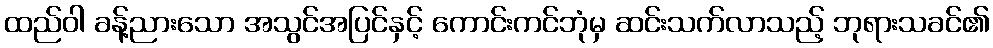
ထည်ဝါ ခန့်ညားသော အသွင်အပြင်နှင့် ကောင်းကင်ဘုံမှ ဆင်းသက်လာသည့် ဘုရားသခင်၏